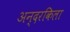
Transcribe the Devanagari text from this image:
अन्दरकिला